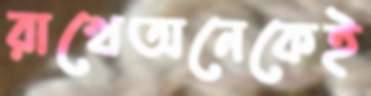
রাখেঅনেকেই